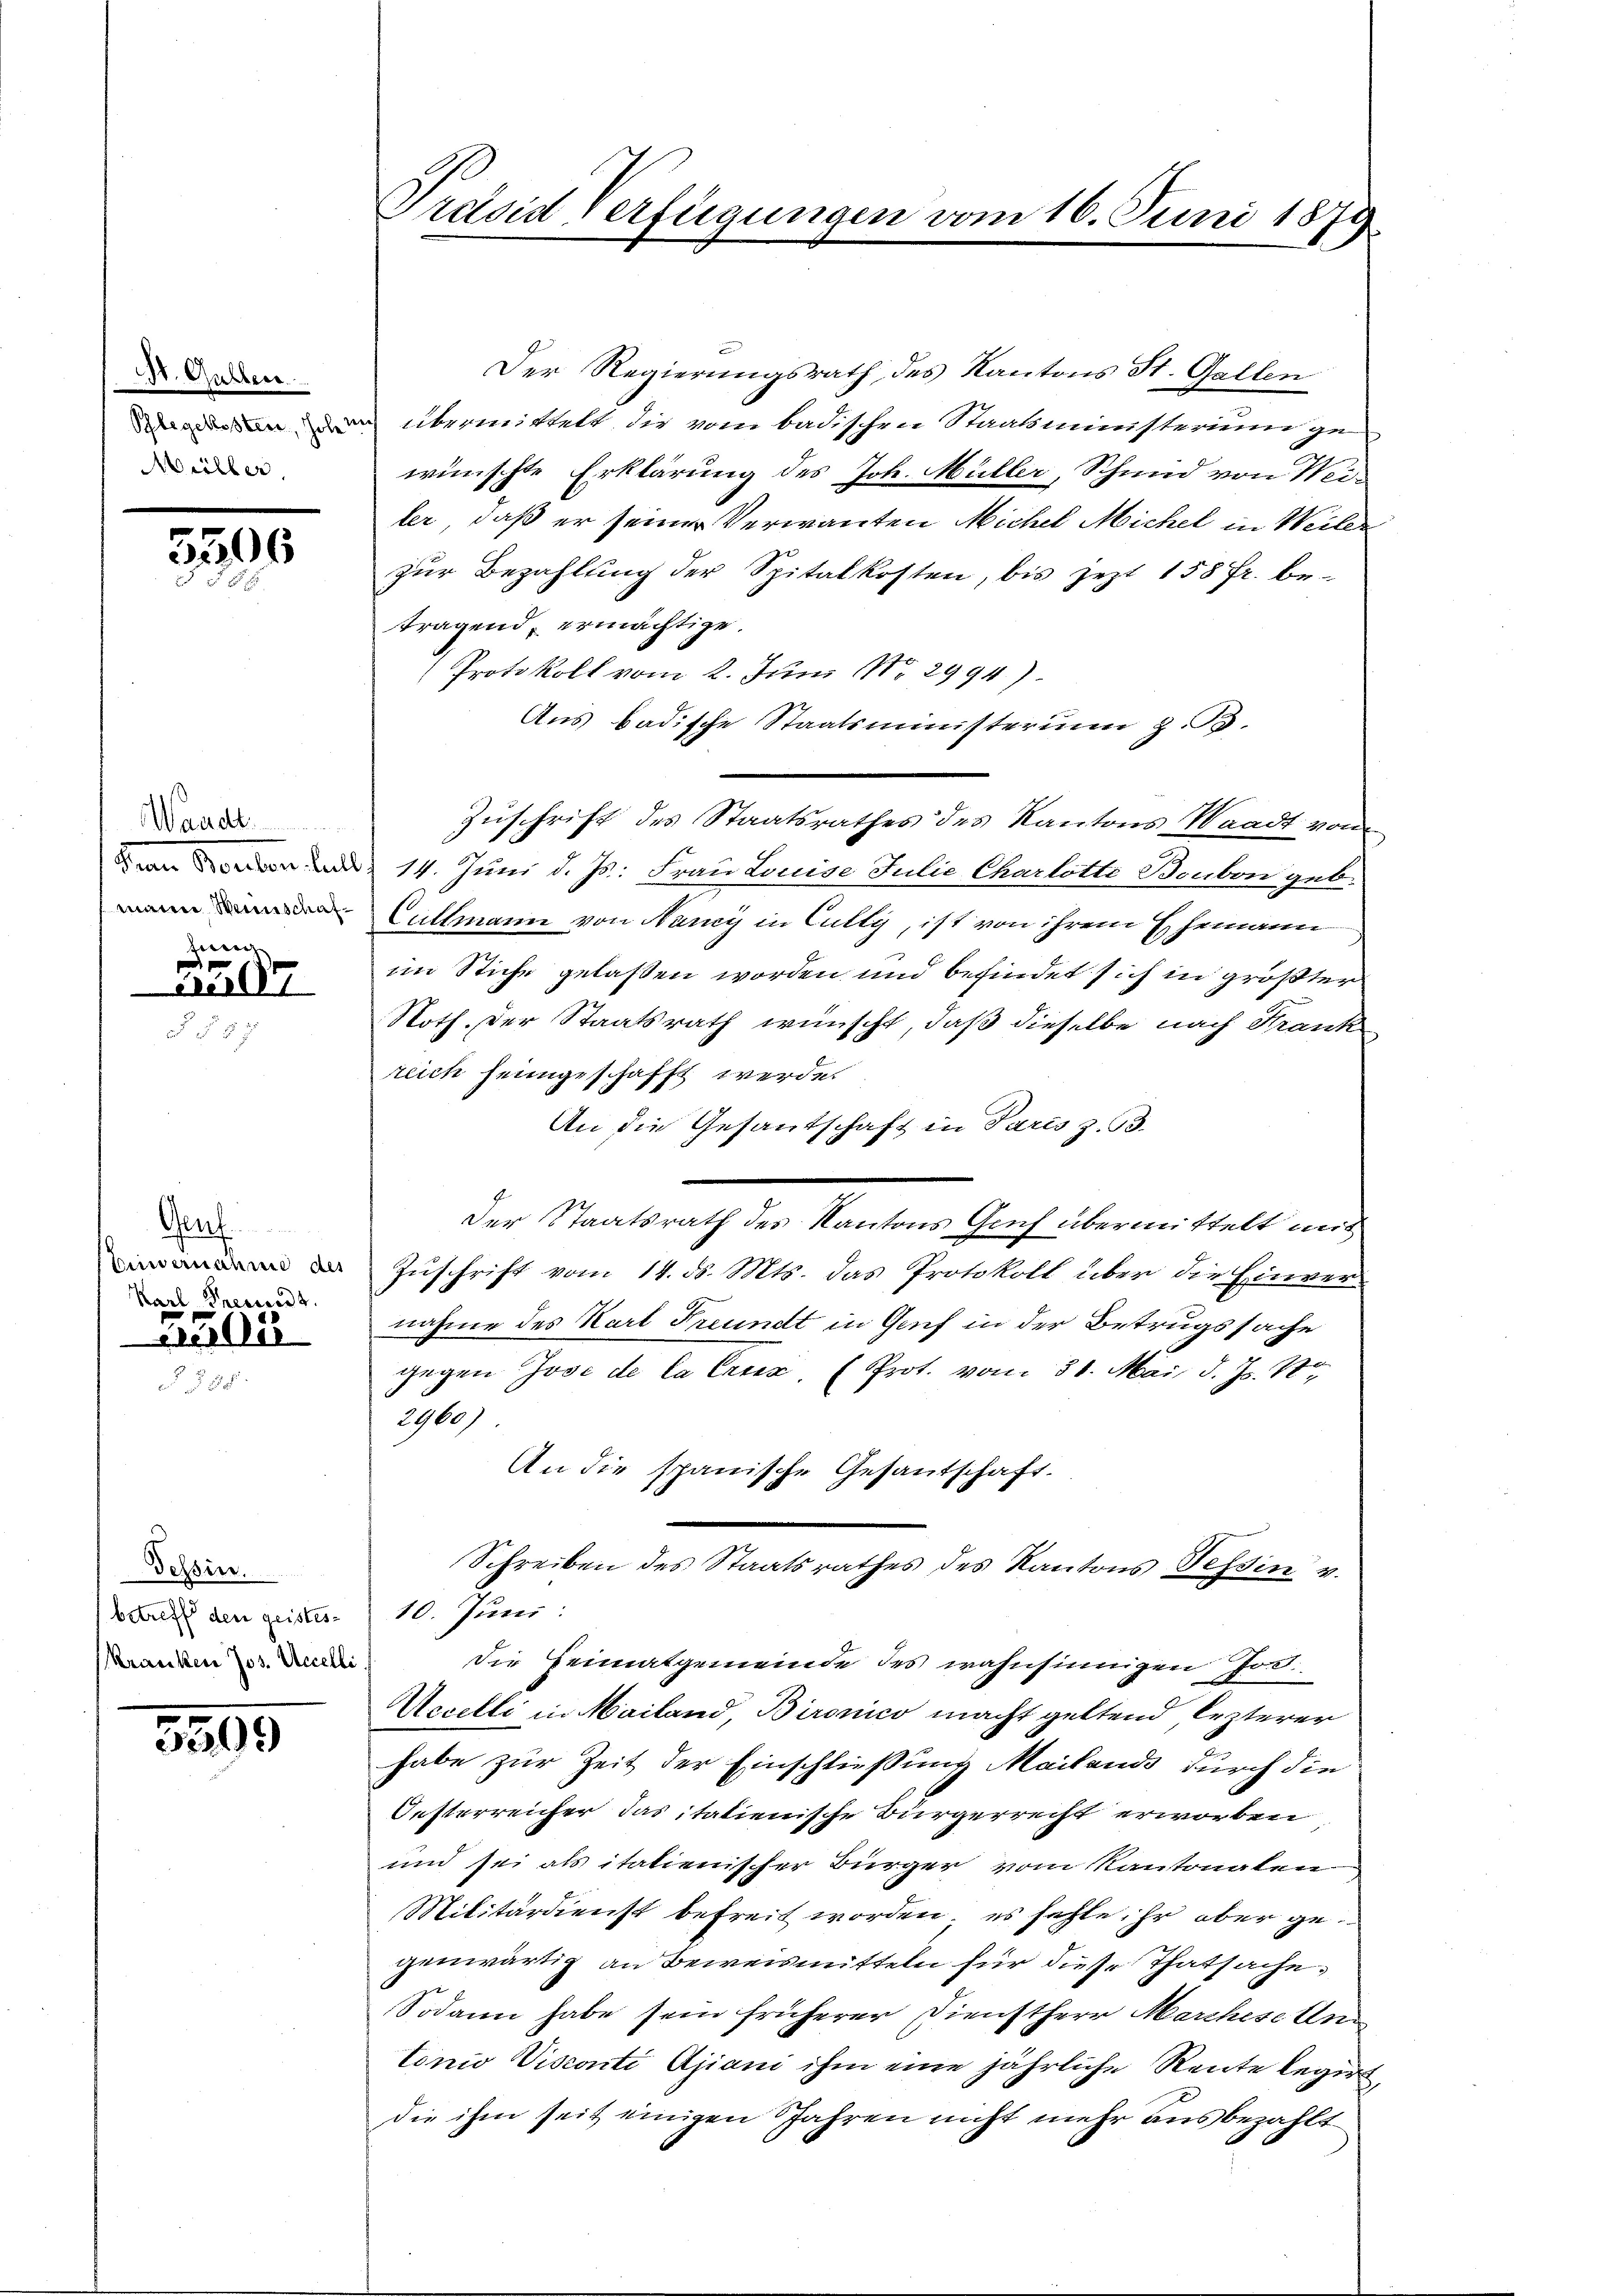
St. Gallen.
Schlegekosten, hole
Müller

5595

Waadt.
dem Breiten fall
mann Weinschafhung

Ai 17

Gruf
Eiernahme des
Karl Freund z.

3504

Tessin.
betreff den geistes-
(Kranken Jos. Accelli

5599

Präsid verfügungen vom 16. Juni 1873

Der Regierungsrath des Kantons St. Gallen
übermittelt, die vom badischen Staatsministerium gewünschte Erklärung des Joh. Müller, Schmid von Weiler, daß er seiner Verwanten Michel Michel in Weiler
zur Bezahlung der Spitalkosten, bis jezt 158 Fr. betragend, ermächtige.
Protokoll vom 2. Juni No 2994.)
Aus badische Staatsministerum z. B.
Zuschrift des Staatsrathes des Kantons Waadt von
14. Juni d. Js. Frau Louise Julie Charlotte Bonbon geb.
Luttmann von Nancy in Culty, ist von ihrem Ehemann
im Stiche gelassen worden und befindet sich in größter
Noth der Staatsrath wünscht, daß dieselbe nach Krank
rlich heimgeschafft werde.
An die Gesandschaft in Paris z. B.
Der Staatsrath des Kantons Gruf übermittelt mit
Zuschrift vom 14. ds. Mts. das Protokoll über die Einver
nahme des Karl Freundt in Genf in der Betrugssache
gegen Jose de la Cruer. (Prot. vom 31. Mai d. Js.
2960)
An die spanische Gesantschaft.
Schreiben des Staatsrathes des Kantons Tessin v.
10. Juni:
die Heimatgemeinde des wahnsinnigen Jos.
Accelli in Mailand, Bironico macht geltend, lezterer
habe zur Zeit der Einschließung Mailands durch die
Oesterreicher das italienische Bürgerrecht erworben
und sei als italienischer Bürger vom Kantonalen
Militärdienst befreit worden; es fehleihr aber gegenwärtig an Beweismitteln für diese Thatsache,
Sodann habe sein früherer Dienstherr Marchese Ann
tonio Visconti Ajiani ihm eine jährliche Rente legirt,
die ihm seit einigen Jahren nicht mehr ausbezahlt